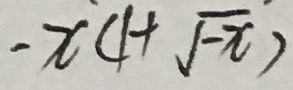
- x ( 1 + \sqrt { - x } )